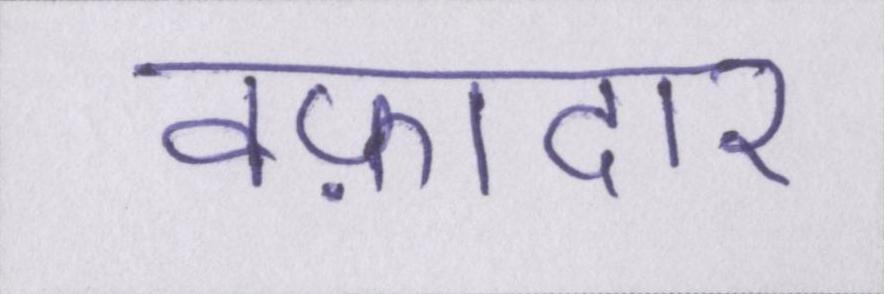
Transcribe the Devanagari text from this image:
वफ़ादार